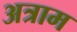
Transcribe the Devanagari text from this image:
अत्राम